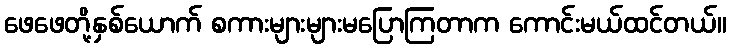
ဖေဖေတို့နှစ်ယောက် စကားများများမပြောကြတာက ကောင်းမယ်ထင်တယ်။